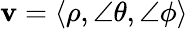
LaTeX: \mathbf{v}=\langle\rho,\angle\theta,\angle\phi\rangle